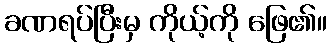
ခဏရပ်ပြီးမှ ကိုယ့်ကို ဖြေ၏။